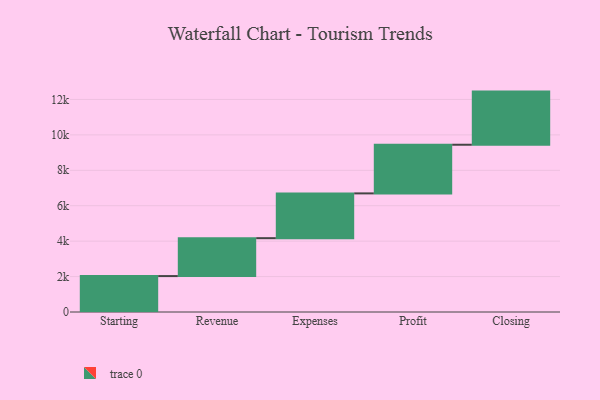
{"axis": {"x": "Step", "y": "Value"}, "legend": [""], "data": [{"x": "Starting", "y": 2028.0, "type": ""}, {"x": "Revenue", "y": 2140.0, "type": ""}, {"x": "Expenses", "y": 2528.0, "type": ""}, {"x": "Profit", "y": 2746.0, "type": ""}, {"x": "Closing", "y": 3000, "type": ""}]}